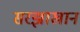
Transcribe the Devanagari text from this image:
सरझाखान